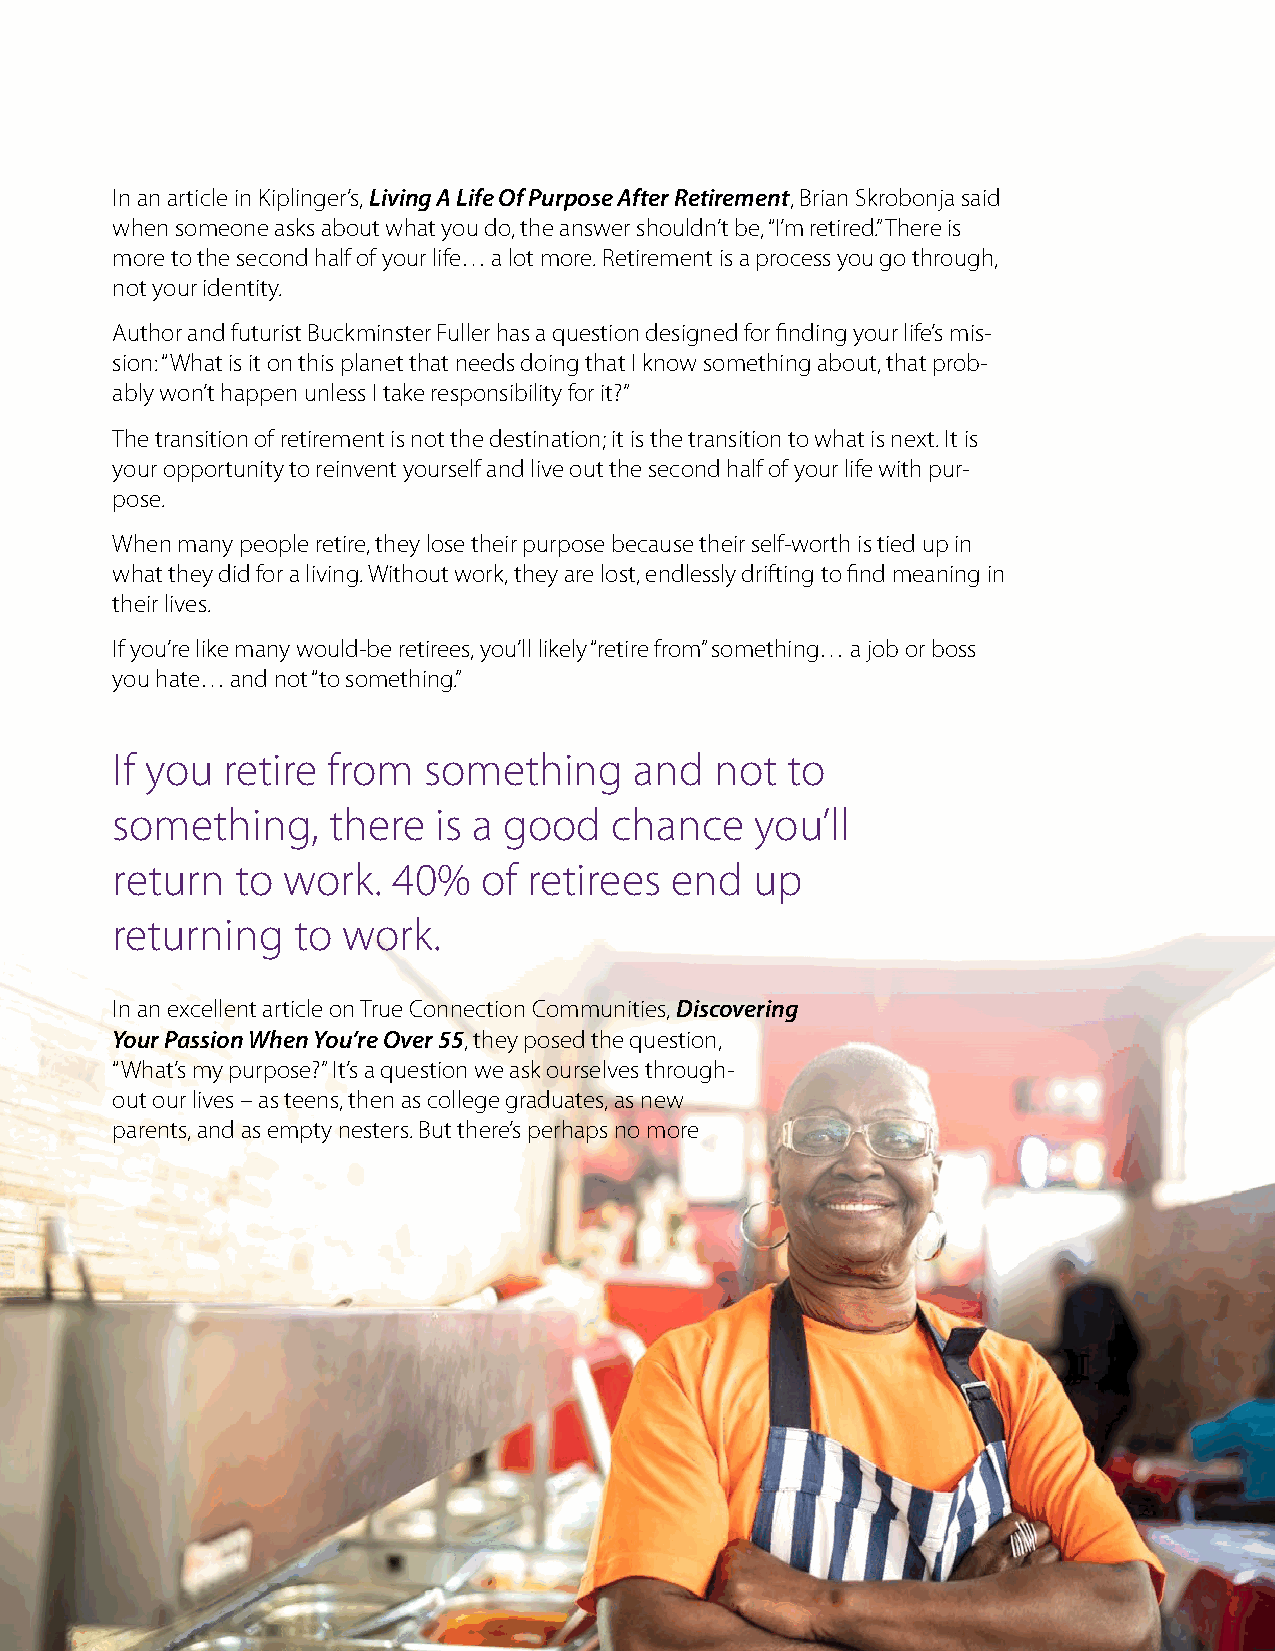
In an article in Kiplinger’s, Living A Life Of Purpose After Retirement, Brian Skrobonja said
 when someone asks about what you do, the answer shouldn’t be, “I’m retired.” There is
 more to the second half of your life… a lot more. Retirement is a process you go through,
 not your identity.
 Author and futurist Buckminster Fuller has a question designed for finding your life’s mis-
 sion: “What is it on this planet that needs doing that I know something about, that prob-
 ably won’t happen unless I take responsibility for it?”
 The transition of retirement is not the destination; it is the transition to what is next. It is
 your opportunity to reinvent yourself and live out the second half of your life with pur-
 pose.
 When many people retire, they lose their purpose because their self-worth is tied up in
 what they did for a living. Without work, they are lost, endlessly drifting to find meaning in
 their lives.
 If you’re like many would-be retirees, you’ll likely “retire from” something… a job or boss
 you hate… and not “to something.”
 If you  retire from  something     and  not  to
 something,     there  is a good  chance    you’ll
 return   to work.  40%   of retirees end   up
 returning   to  work.
 In an excellent article on True Connection Communities, Discovering
 Your Passion When You’re Over 55, they posed the question,
 “What’s my purpose?” It’s a question we ask ourselves through-
 out our lives – as teens, then as college graduates, as new
 parents, and as empty nesters. But there’s perhaps no more